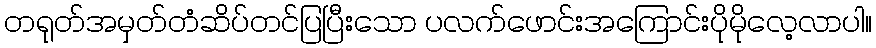
တရုတ်အမှတ်တံဆိပ်တင်ပြပြီးသော ပလက်ဖောင်းအကြောင်းပိုမိုလေ့လာပါ။